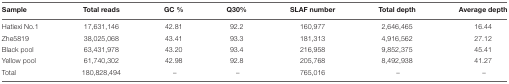
| Sample | Total reads | GC % | Q30% | SLAF number | Total depth | Average depth |
 | --- | --- | --- | --- | --- | --- | --- |
 | Hatiexi No.1 | 17,631,146 | 42.81 | 92.2 | 160,977 | 2,646,465 | 16.44 |
 | Zhe5819 | 38,025,068 | 43.41 | 93.3 | 181,313 | 4,916,562 | 27.12 |
 | Black pool | 63,431,978 | 43.20 | 93.4 | 216,958 | 9,852,375 | 45.41 |
 | Yellow pool | 61,740,302 | 42.98 | 92.8 | 205,768 | 8,492,938 | 41.27 |
 | Total | 180,828,494 | – | – | 765,016 | – | – |